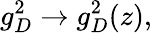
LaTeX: g_{D}^{2}\rightarrow g_{D}^{2}(z),